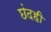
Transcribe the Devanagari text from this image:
छंदही